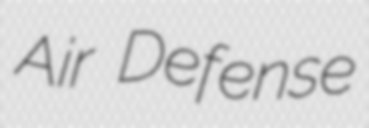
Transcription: Air Defense